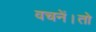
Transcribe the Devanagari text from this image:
वचनें।तो